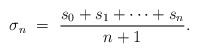
\begin{align*}\sigma_n \ = \ \frac{s_0 + s_1 + \cdots + s_n}{n+1}.\end{align*}